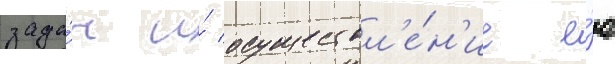
зада́ч и́ осуществл'е́н'ие е́ю